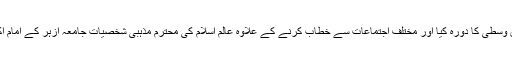
گزشتہ دنوں انہوں نے مشرق وسطیٰ کا دورہ کیا اور مختلف اجتماعات سے خطاب کرنے کے علاوہ عالم اسلام کی محترم مذہبی شخصیات جامعہ ازہر کے امام اکبر اور حرمین شریفین کے ۔